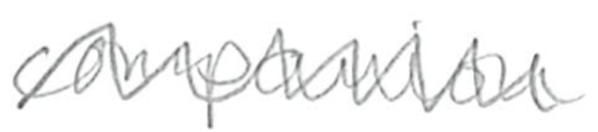
Text: companion
Cross-out: zig-zag
Writing tool: pencil